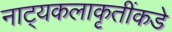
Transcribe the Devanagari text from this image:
नाट्यकलाकृतींकडे